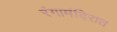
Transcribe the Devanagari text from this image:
रंगामंदिरात